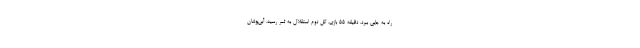
راه به جایی ببرد. دقیقه ۵۵ بازی، گل دوم استقلال به ثمر رسید. آبی‌پوشان